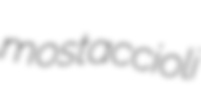
mostaccioli